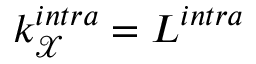
k _ { \mathcal { X } } ^ { i n t r a } = L ^ { i n t r a }